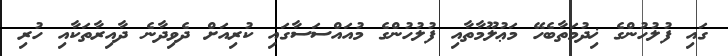
ގައި ފުލުހުންގެ ޚިދުމަތާބެހޭ މަޢުލޫމާތާއި ފުލުހުންގެ މުއައްސަސާގައި ކުރިއަށް ދެވިދާނެ ދާއިރާތަކާއި ހުރި